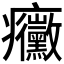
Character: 𭼼